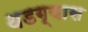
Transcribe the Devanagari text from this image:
थडग्यास